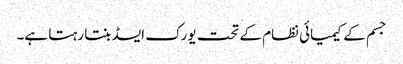
جسم کے کیمیائی نظام کے تحت یورک ایسڈ بنتا رہتا ہے۔